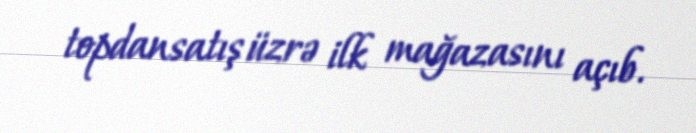
topdansatış üzrə ilk mağazasını açıb.